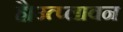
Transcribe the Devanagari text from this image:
है।उत्प्लावन